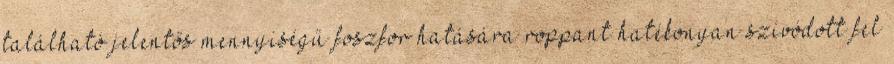
található jelentős mennyiségű foszfor hatására roppant hatékonyan szívódott fel